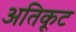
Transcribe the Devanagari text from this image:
अतिकूट